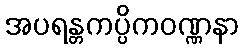
အပရန္တကပ္ပိကဝဏ္ဏနာ